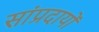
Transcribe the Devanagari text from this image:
सांप्रदायों